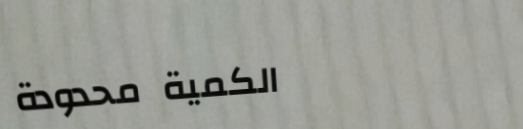
الكمية محدودة